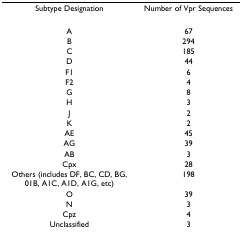
| Subtype Designation | Number of Vpr Sequences |
 | --- | --- |
 | A | 67 |
 | B | 294 |
 | C | 185 |
 | D | 44 |
 | F1 | 6 |
 | F2 | 4 |
 | G | 8 |
 | H | 3 |
 | J | 2 |
 | K | 2 |
 | AE | 45 |
 | AG | 39 |
 | AB | 3 |
 | Cpx | 28 |
 | Others (includes DF, BC, CD, BG, 01B, A1C, A1D, A1G, etc) | 198 |
 | O | 39 |
 | N | 3 |
 | Cpz | 4 |
 | Unclassified | 3 |